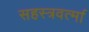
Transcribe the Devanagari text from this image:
सहस्‍त्रवर्त्‍मा